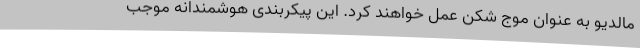
مالدیو به عنوان موج شکن عمل خواهند کرد. این پیکربندی هوشمندانه موجب